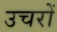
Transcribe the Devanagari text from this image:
उचरों